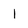
Character: l